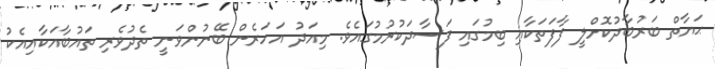
ޙަޔާތް ބަރުބާދުކޮށްލީ ފާފަތަކާއި ބިމުގައި ފަސާދަކުރުމުގައެވެ. މިއަދު އަހަރެން ބޭނުންވަނީ ތެދުވެރި ތައުބާއަކާއިއެކު